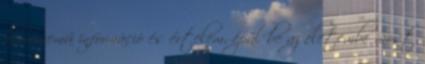
bárminemû információ és értelem, épül be az életembe most